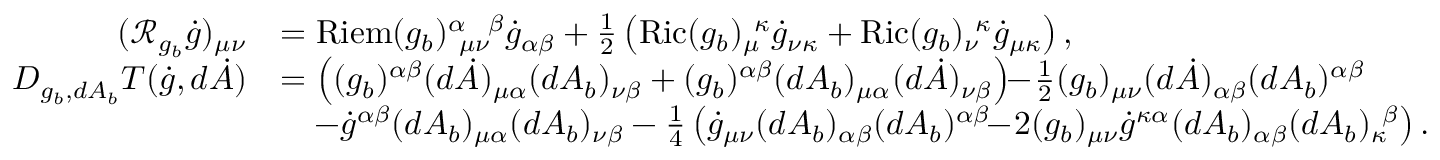
\begin{array} { r l } { ( \mathscr { R } _ { g _ { b } } \dot { g } ) _ { \mu \nu } } & { = \mathrm { R i e m } ( g _ { b } ) _ { \ \mu \nu } ^ { \alpha \ \ \beta } \dot { g } _ { \alpha \beta } + \frac 1 2 \left( \mathrm { R i c } ( g _ { b } ) _ { \mu } ^ { \ \kappa } \dot { g } _ { \nu \kappa } + \mathrm { R i c } ( g _ { b } ) _ { \nu } ^ { \ \kappa } \dot { g } _ { \mu \kappa } \right) , } \\ { D _ { g _ { b } , d A _ { b } } T ( \dot { g } , d \dot { A } ) } & { = \left( ( g _ { b } ) ^ { \alpha \beta } ( d \dot { A } ) _ { \mu \alpha } ( d A _ { b } ) _ { \nu \beta } + ( g _ { b } ) ^ { \alpha \beta } ( d A _ { b } ) _ { \mu \alpha } ( d \dot { A } ) _ { \nu \beta } \right) \! \! - \! \frac 1 2 ( g _ { b } ) _ { \mu \nu } ( d \dot { A } ) _ { \alpha \beta } ( d A _ { b } ) ^ { \alpha \beta } } \\ & { \quad - \dot { g } ^ { \alpha \beta } ( d A _ { b } ) _ { \mu \alpha } ( d A _ { b } ) _ { \nu \beta } - \frac 1 4 \left( \dot { g } _ { \mu \nu } ( d A _ { b } ) _ { \alpha \beta } ( d A _ { b } ) ^ { \alpha \beta } \! \! - \! 2 ( g _ { b } ) _ { \mu \nu } \dot { g } ^ { \kappa \alpha } ( d A _ { b } ) _ { \alpha \beta } ( d A _ { b } ) _ { \kappa } ^ { ~ \beta } \right) . } \end{array}